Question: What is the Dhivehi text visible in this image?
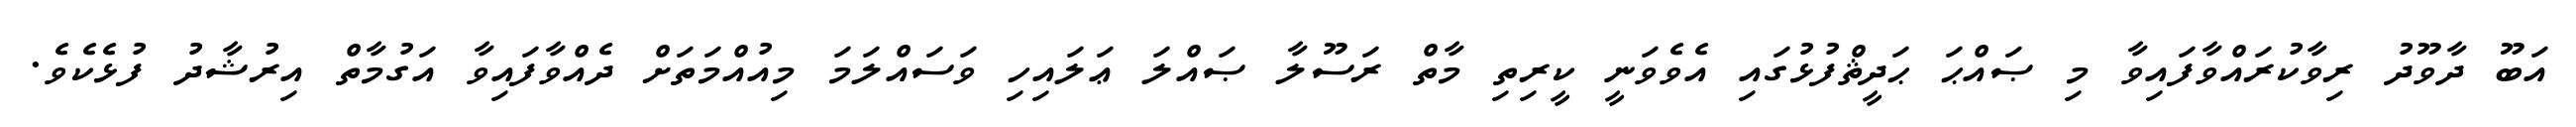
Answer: އަބޫ ދާވޫދު ރިވާކުރައްވާފައިވާ މި ޞައްޙަ ޙަދީޘްފުޅުގައި އެވެވަނީ ކީރިތި މާތް ރަސޫލާ ޞައްލަ ޢަލައިހި ވަސައްލަމަ މިއުއްމަތަށް ދެއްވާފައިވާ އަގުމާތް އިރުޝާދު ފުޅެކެވެ.